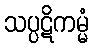
သပ္ပဋိကမ္မံ